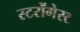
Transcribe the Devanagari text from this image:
स्टरोंगेस्ट